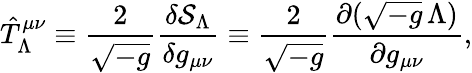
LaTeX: \hat{T}_{\Lambda}^{\mu\nu}\equiv{\frac{2}{\sqrt{-g}}}{\frac{\delta{\cal S}_{\Lambda}}{\delta g_{\mu\nu}}}\equiv{\frac{2}{\sqrt{-g}}}{\frac{\partial(\sqrt{-g}\, \Lambda)}{\partial g_{\mu\nu}}},